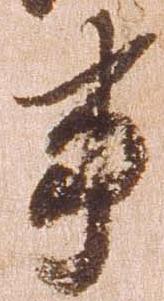
事